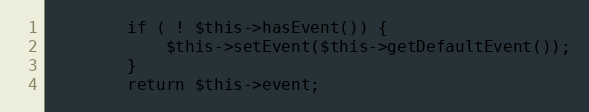
Language: PHP
        if ( ! $this->hasEvent()) {
            $this->setEvent($this->getDefaultEvent());
        }
        return $this->event;